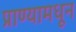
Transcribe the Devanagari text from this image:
प्राण्यामधून